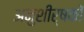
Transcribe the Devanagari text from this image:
अनुशीर्षकों